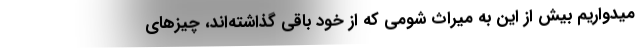
میدواریم بیش از این به میراث شومی که از خود باقی گذاشته‌اند، چیزهای